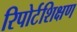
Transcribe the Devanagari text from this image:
रिपोर्टशिक्षण